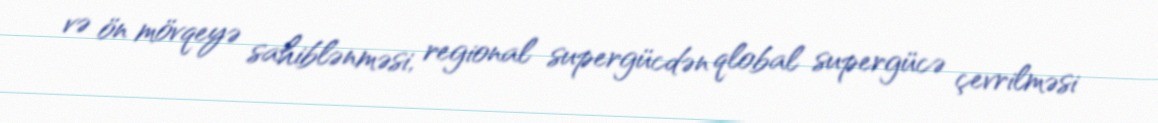
və ön mövqeyə sahiblənməsi, regional supergücdən qlobal supergücə çevrilməsi